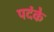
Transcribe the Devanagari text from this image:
पदंके